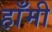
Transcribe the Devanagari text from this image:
हाँमी